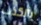
بالكذب